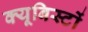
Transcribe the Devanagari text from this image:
क्यूबिस्टों